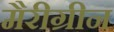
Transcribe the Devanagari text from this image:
मैरीग्रीन